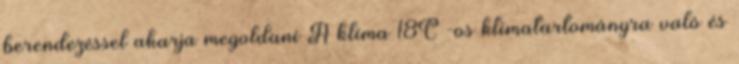
berendezéssel akarja megoldani A klíma 18C°-os klímatartományra való és